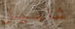
شابيل